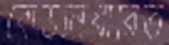
বোর্ডনিধারিত